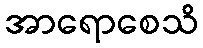
အာရောစေသိ